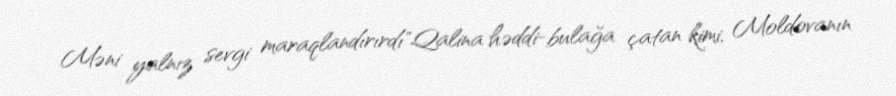
Məni yalnız sevgi maraqlandırırdı"Qalina həddi-bulağa çatan kimi, Moldovanın